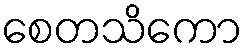
စေတသိကော